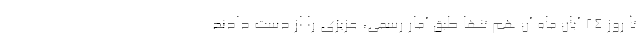
تا روز ۲۴ آبان ماه آن هم تنها طبق آمار رسمی، عزیزی را از دست دادند